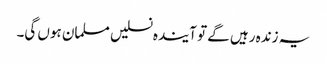
یہ زندہ رہیں گے تو آیندہ نسلیں مسلمان ہوں گی۔